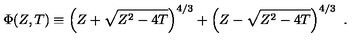
\Phi ( Z , T ) \equiv \left( Z + \sqrt { Z ^ { 2 } - 4 T } \right) ^ { 4 / 3 } + \left( Z - \sqrt { Z ^ { 2 } - 4 T } \right) ^ { 4 / 3 } \ .